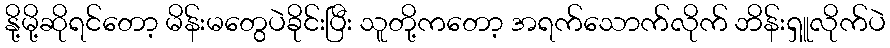
နို့မို့ဆိုရင်တော့ မိန်းမတွေပဲခိုင်းပြီး သူတို့ကတော့ အရက်သောက်လိုက် ဘိန်းရှူလိုက်ပဲ